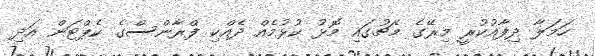
ހަމަލާ ދިފާއުކުރީ މިރޭގެ މެޗުގައި މޮޅު ކުޅުމެއް ދެއްކި ފްރާންސްގެ ކެޕްޓަން އަދި